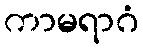
ကာမရာဂံ